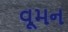
વૂમન